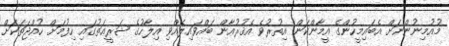
މުއުމިނުންނަށް އެބައިމީހުންގެ އީމާންކަން އިތުރުވެ އެޤުރުއާން ބައްވައިލެއްވި އިލާހުގެ ޝަރީޢަތުގައި ހިފުމަށް ހުއްޖަތަކަށް